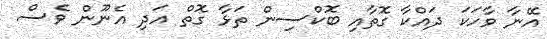
އޭނާ ވާހަކަ ދައްކާ ގޮތާއި ބޮކްސިން ތަޅާ ގޮތް އަދި އެނޫން ވެސް